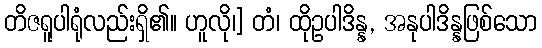
တိဇရူပါရုံလည်းရှိ၏။ ဟူလို၊] တံ၊ ထိုဥပါဒိန္န, အနုပါဒိန္နဖြစ်သော